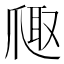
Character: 𪺐